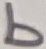
Text: b